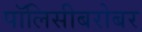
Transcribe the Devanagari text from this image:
पॉलिसीबरोबर